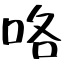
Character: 咯